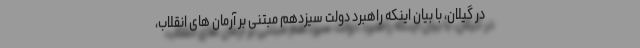
در گیلان، با بیان اینکه راهبرد دولت سیزدهم مبتنی بر آرمان های انقلاب،